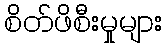
စိတ်ဖိစီးမှုများ